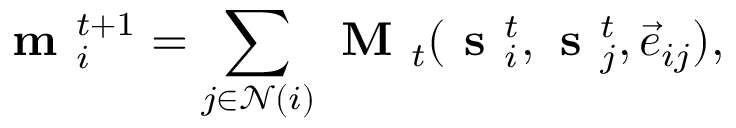
\textbf { m } _ { i } ^ { t + 1 } = \sum _ { j \in \mathcal { N } ( i ) } \textbf { M } _ { t } ( \textbf { s } _ { i } ^ { t } , \textbf { s } _ { j } ^ { t } , \vec { e } _ { i j } ) ,